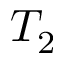
T _ { 2 }